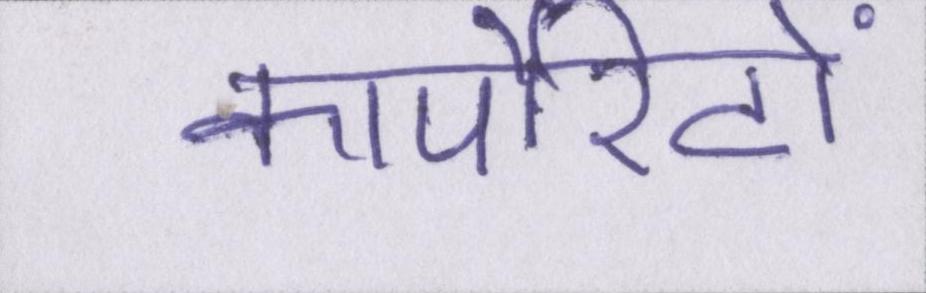
कार्पोरेटों